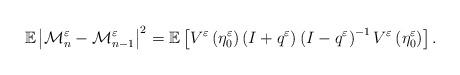
LaTeX: \begin{align*}\mathbb{E}\left\vert \mathcal{M}_{n}^{\varepsilon }-\mathcal{M}_{n-1}^{\varepsilon }\right\vert ^{2}=\mathbb{E}\left[ V^{\varepsilon}\left( \eta _{0}^{\varepsilon }\right) \left( I+q^{\varepsilon }\right)\left( I-q^{\varepsilon }\right) ^{-1}V^{\varepsilon }\left( \eta_{0}^{\varepsilon }\right) \right] . \end{align*}